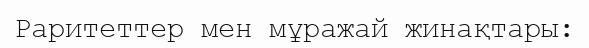
Раритеттер мен мұражай жинақтары: